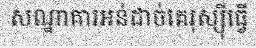
សណ្ឋាគារអន់ដាច់គេរុស្ស៊ីធ្វើ